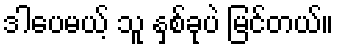
ဒါပေမယ့် သူ နှစ်ခုပဲ မြင်တယ်။